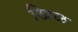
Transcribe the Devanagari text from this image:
खिळ